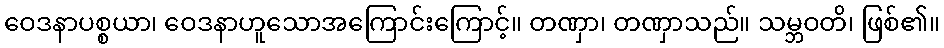
ဝေဒနာပစ္စယာ၊ ဝေဒနာဟူသောအကြောင်းကြောင့်။ တဏှာ၊ တဏှာသည်။ သမ္ဘဝတိ၊ ဖြစ်၏။